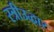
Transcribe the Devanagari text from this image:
स्त्रीउद्धार